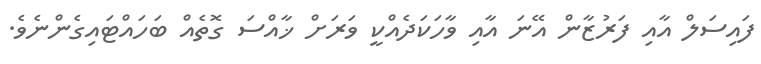
ފައިސަލް އާއި ފަރުޒާން އޭނަ އާއި ވާހަކަދެއްކީ ވަރަށް ޚާއްސަ ގޮތެއް ބަހައްޓައިގެންނެވެ.